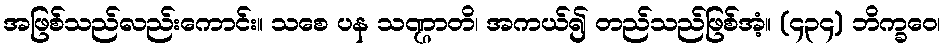
အဖြစ်သည်လည်းကောင်း။ သစေ ပန သဏ္ဌာတိ၊ အကယ်၍ တည်သည်ဖြစ်အံ့။ (၄၃၄) ဘိက္ခဝေ၊